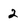
Character: 2